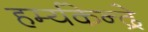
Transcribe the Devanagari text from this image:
हर्म्यकेन्द्रे